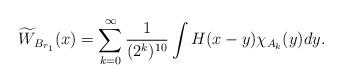
LaTeX: \begin{align*} \widetilde{W}_{B_{r_1}}(x)=\sum_{k=0}^\infty \frac{1}{(2^k)^{10}}\int H(x-y)\chi_{A_k}(y)dy. \end{align*}